Leningradi_Edasi_toimetus, lk 26
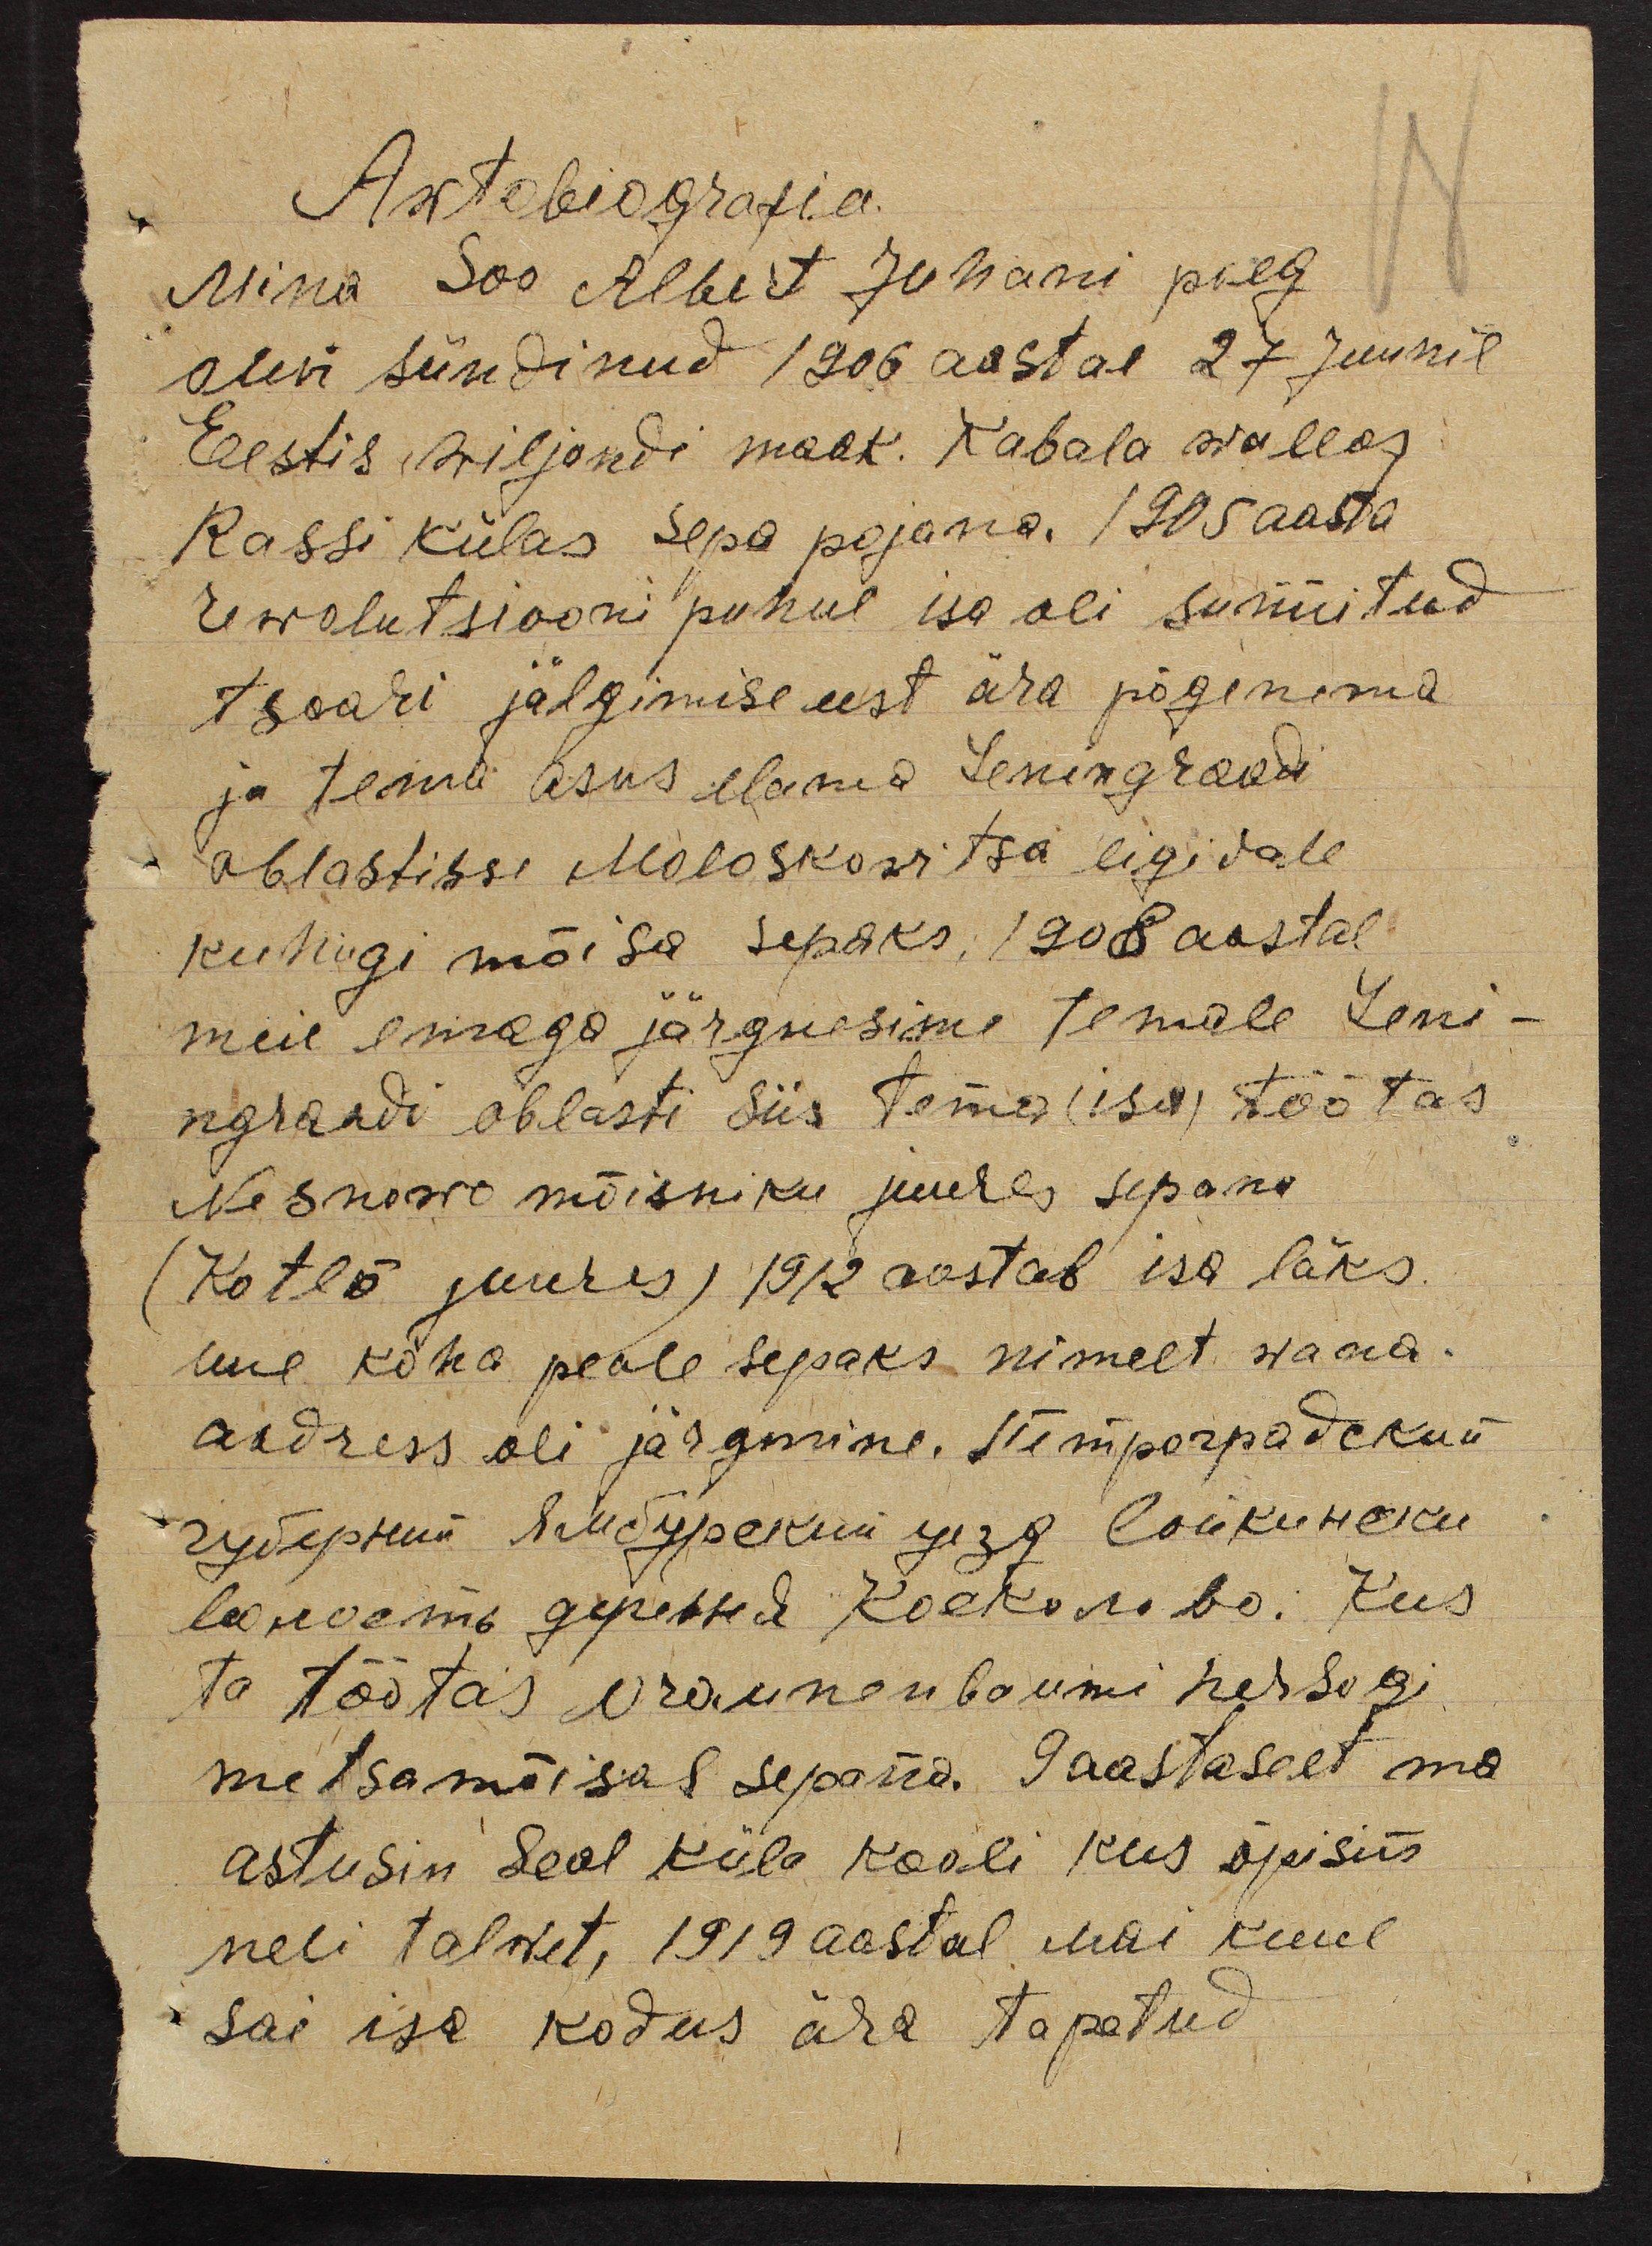
Awtobiografia
Mina Soo Albert Johanni poeg
olen sündinud 1906 aastal 27 juunil
Eestis Wiljandi maak. Kabala wallas
Rassi külas Sepa pojana. 1905 aasta
Rewolutsiooni puhul isa oli sunnitud
tsaari jälgimise eest ära põgenema
ja tema asus elanud Leningraadi
ablastisse Moloskowitsa ligidale
kuhugi mõisa sepaks, 1908 aastal
meie emaga järgnesime temale Leni-
ngraadi oblasti siis tema (isa) töötas
Nesnowo mõisniku juures sepana
(Kotlõ juures) 1912 aastal isa läks
uue koha peale sepaks nimelt wana-
aadress oli järgmine. Temperpadekud
Чуберний Ребурекый шеъ сликиски
la noemb gipessed kokonibo. Kus
ta töötas Vraunenbaumi herzogi
metsamõisas sepana. 9 aastaselt ma
astusin seal küla kooli kus õpisin
neli talwet, 1919 aastal mai kuul
sai isa kodus ära tapetud